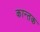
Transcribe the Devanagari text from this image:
कान्तक